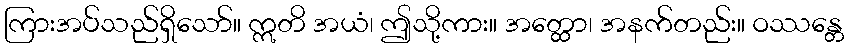
ကြားအပ်သည်ရှိသော်။ ဣတိ အယံ၊ ဤသို့ကား။ အတ္ထော၊ အနက်တည်း။ ဝဿန္တေ